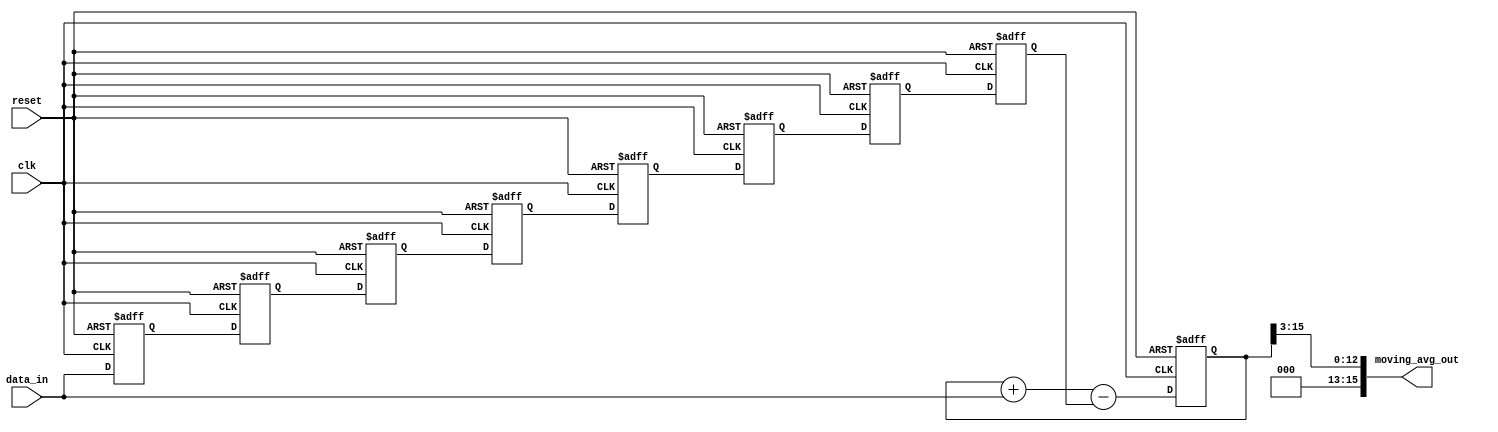
module moving_avg_accumulator (
    input clk,
    input reset,
    input [7:0] data_in,
    output reg [15:0] moving_avg_out
);

reg [15:0] sum;
reg [7:0] buffer [7:0];
integer i;

always @(posedge clk or posedge reset) begin
    if(reset) begin
        sum <= 16'b0;
        for(i=0; i<8; i=i+1) begin
            buffer[i] <= 8'b0;
        end
    end else begin
        sum <= sum + data_in - buffer[0];
        for(i=0; i<7; i=i+1) begin
            buffer[i] <= buffer[i+1];
        end
        buffer[7] <= data_in;
    end
end

assign moving_avg_out = sum >> 3;

endmodule